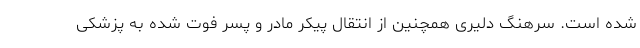
شده است. سرهنگ دلیری همچنین از انتقال پیکر مادر و پسر فوت شده به پزشکی